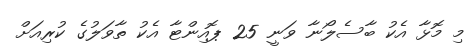
މި މޮޅާ އެކު ބާސެލޯނާ ވަނީ 25 ޕޮއިންޓާ އެކު ތާވަލުގެ ކުރިއަށް